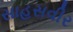
સાહસવીર